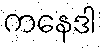
ကနေဒါ